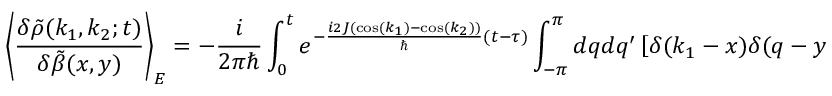
\left\langle \frac { \delta \tilde { \rho } ( k _ { 1 } , k _ { 2 } ; t ) } { \delta \tilde { \beta } ( x , y ) } \right\rangle _ { E } = - \frac { i } { 2 \pi \hbar } \int _ { 0 } ^ { t } e ^ { - \frac { i 2 J ( \cos ( k _ { 1 } ) - \cos ( k _ { 2 } ) ) } { \hbar } ( t - \tau ) } \int _ { - \pi } ^ { \pi } d q d q ^ { \prime } \left[ \delta ( k _ { 1 } - x ) \delta ( q - y ) \delta ( q ^ { \prime } - k _ { 2 } ) - \delta ( q ^ { \prime } - x ) \delta ( k _ { 2 } - y ) \delta ( q - k _ { 1 } ) \right] \langle \tilde { \rho } ( q , q ^ { \prime } ; \tau ) \rangle _ { E } d \tau .